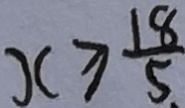
x \geqslant \frac { 1 8 } { 5 . }